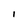
Character: l